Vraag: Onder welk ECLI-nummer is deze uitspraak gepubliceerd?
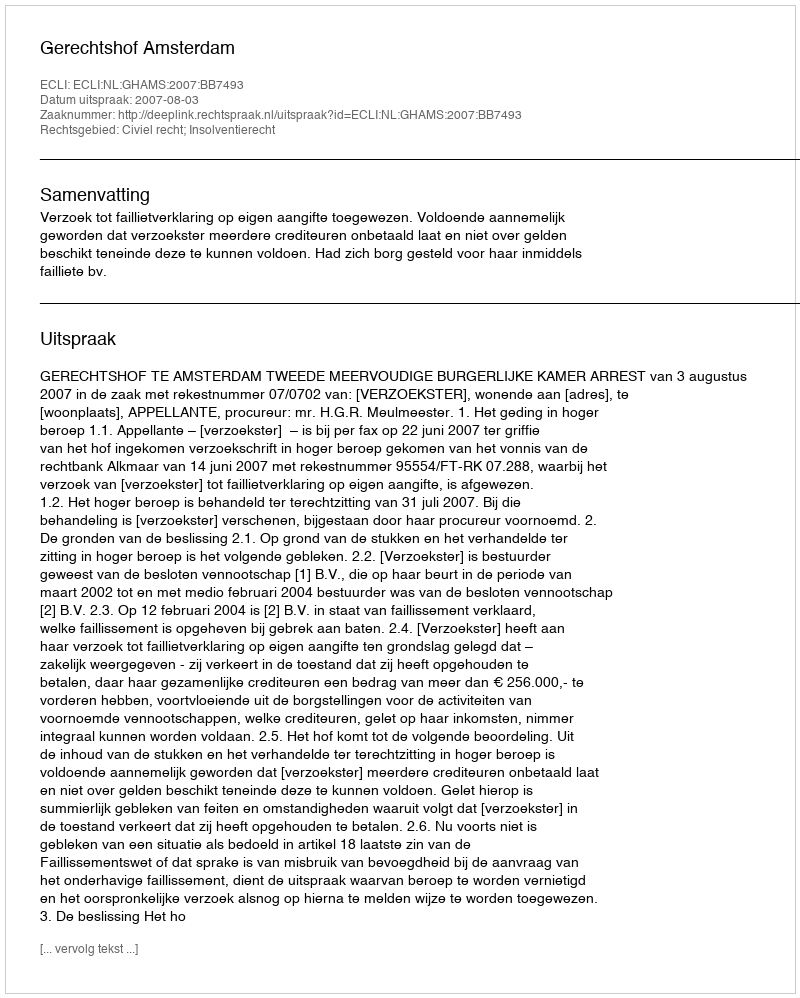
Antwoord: ECLI:NL:GHAMS:2007:BB7493